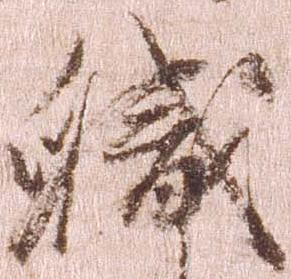
職